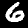
Label: 6